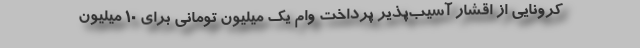
کرونایی از اقشار آسیب‌پذیر پرداخت وام یک میلیون تومانی برای ۱۰ میلیون